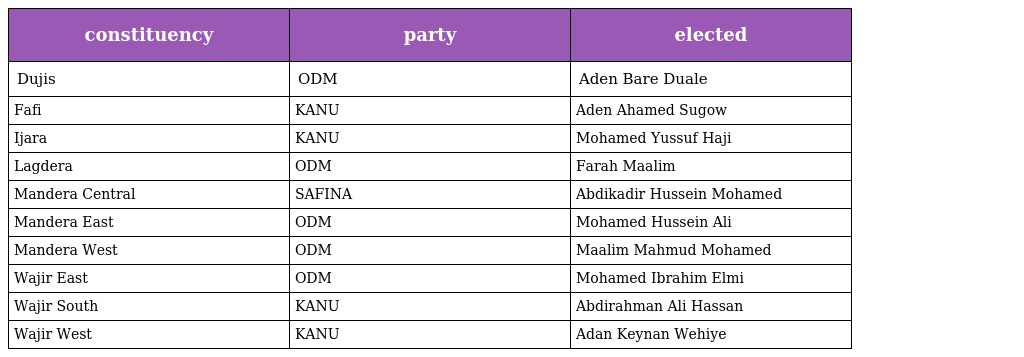
| constituency | party | elected |
 | --- | --- | --- |
 | Dujis | ODM | Aden Bare Duale |
 | Fafi | KANU | Aden Ahamed Sugow |
 | Ijara | KANU | Mohamed Yussuf Haji |
 | Lagdera | ODM | Farah Maalim |
 | Mandera Central | SAFINA | Abdikadir Hussein Mohamed |
 | Mandera East | ODM | Mohamed Hussein Ali |
 | Mandera West | ODM | Maalim Mahmud Mohamed |
 | Wajir East | ODM | Mohamed Ibrahim Elmi |
 | Wajir South | KANU | Abdirahman Ali Hassan |
 | Wajir West | KANU | Adan Keynan Wehiye |